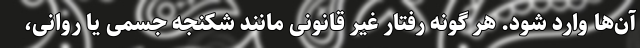
آن‌ها وارد شود. هر گونه رفتار غیر قانونی مانند شکنجه جسمی یا روانی،